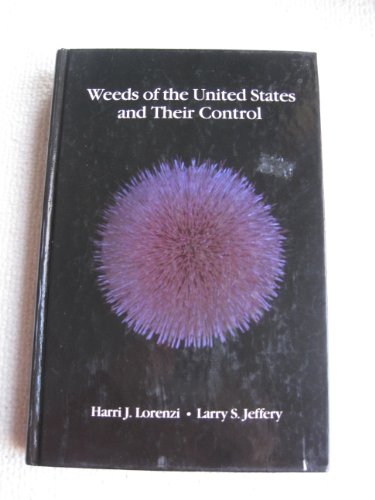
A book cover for Weeds of the United States and Their Control; Harri J. Lorenzi; Crafts, Hobbies & Home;